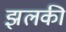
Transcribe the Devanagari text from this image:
झलकी